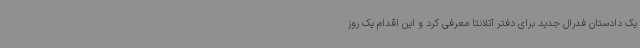
یک دادستان فدرال جدید برای دفتر آتلانتا معرفی کرد و این اقدام یک روز